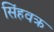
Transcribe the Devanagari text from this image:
सिंहवक्र